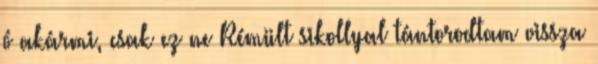
ó akármi, csak ez ne Rémült sikollyal tántorodtam vissza